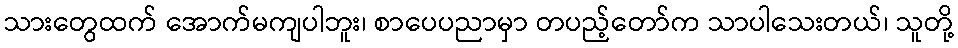
သားတွေထက် အောက်မကျပါဘူး၊ စာပေပညာမှာ တပည့်တော်က သာပါသေးတယ်၊ သူတို့